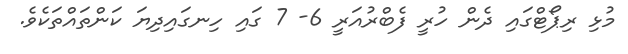
މުޅި ރިޕޯޓްގައި ދެން ހުރީ ފެބްރުއަރީ 6- 7 ގައި ހިނގައިދިޔަ ކަންތައްތަކެވެ.